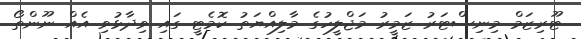
ޓޫރިޒަމް މިނިސްޓަރު ޒަމީރު މަޖްލީހުގެ މާލިއްޔަތު ކޮމެޓީ ގައި ވިދާޅުވި އެއް ނޫންތޯ